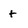
Character: t